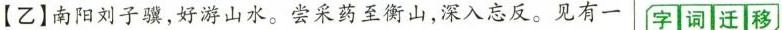
【乙】南阳刘子骥，好游山水。尝采药至衡山，深入忘反。见有一 字 词 迁 移